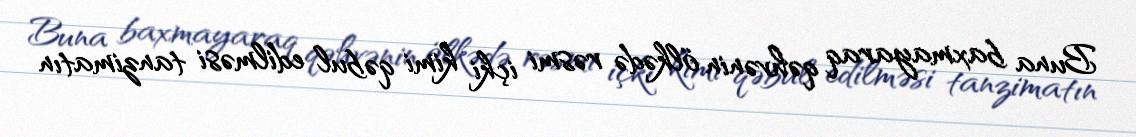
Buna baxmayaraq qəhvənin ölkədə rəsmi içki kimi qəbul edilməsi tanzimatın